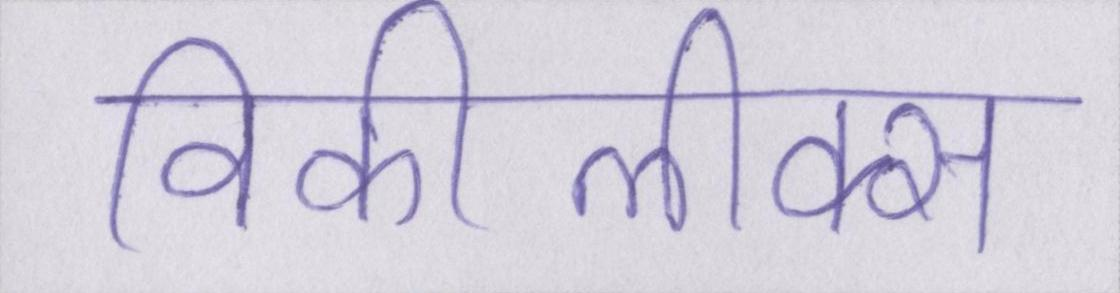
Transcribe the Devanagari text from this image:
विकीलीक्स